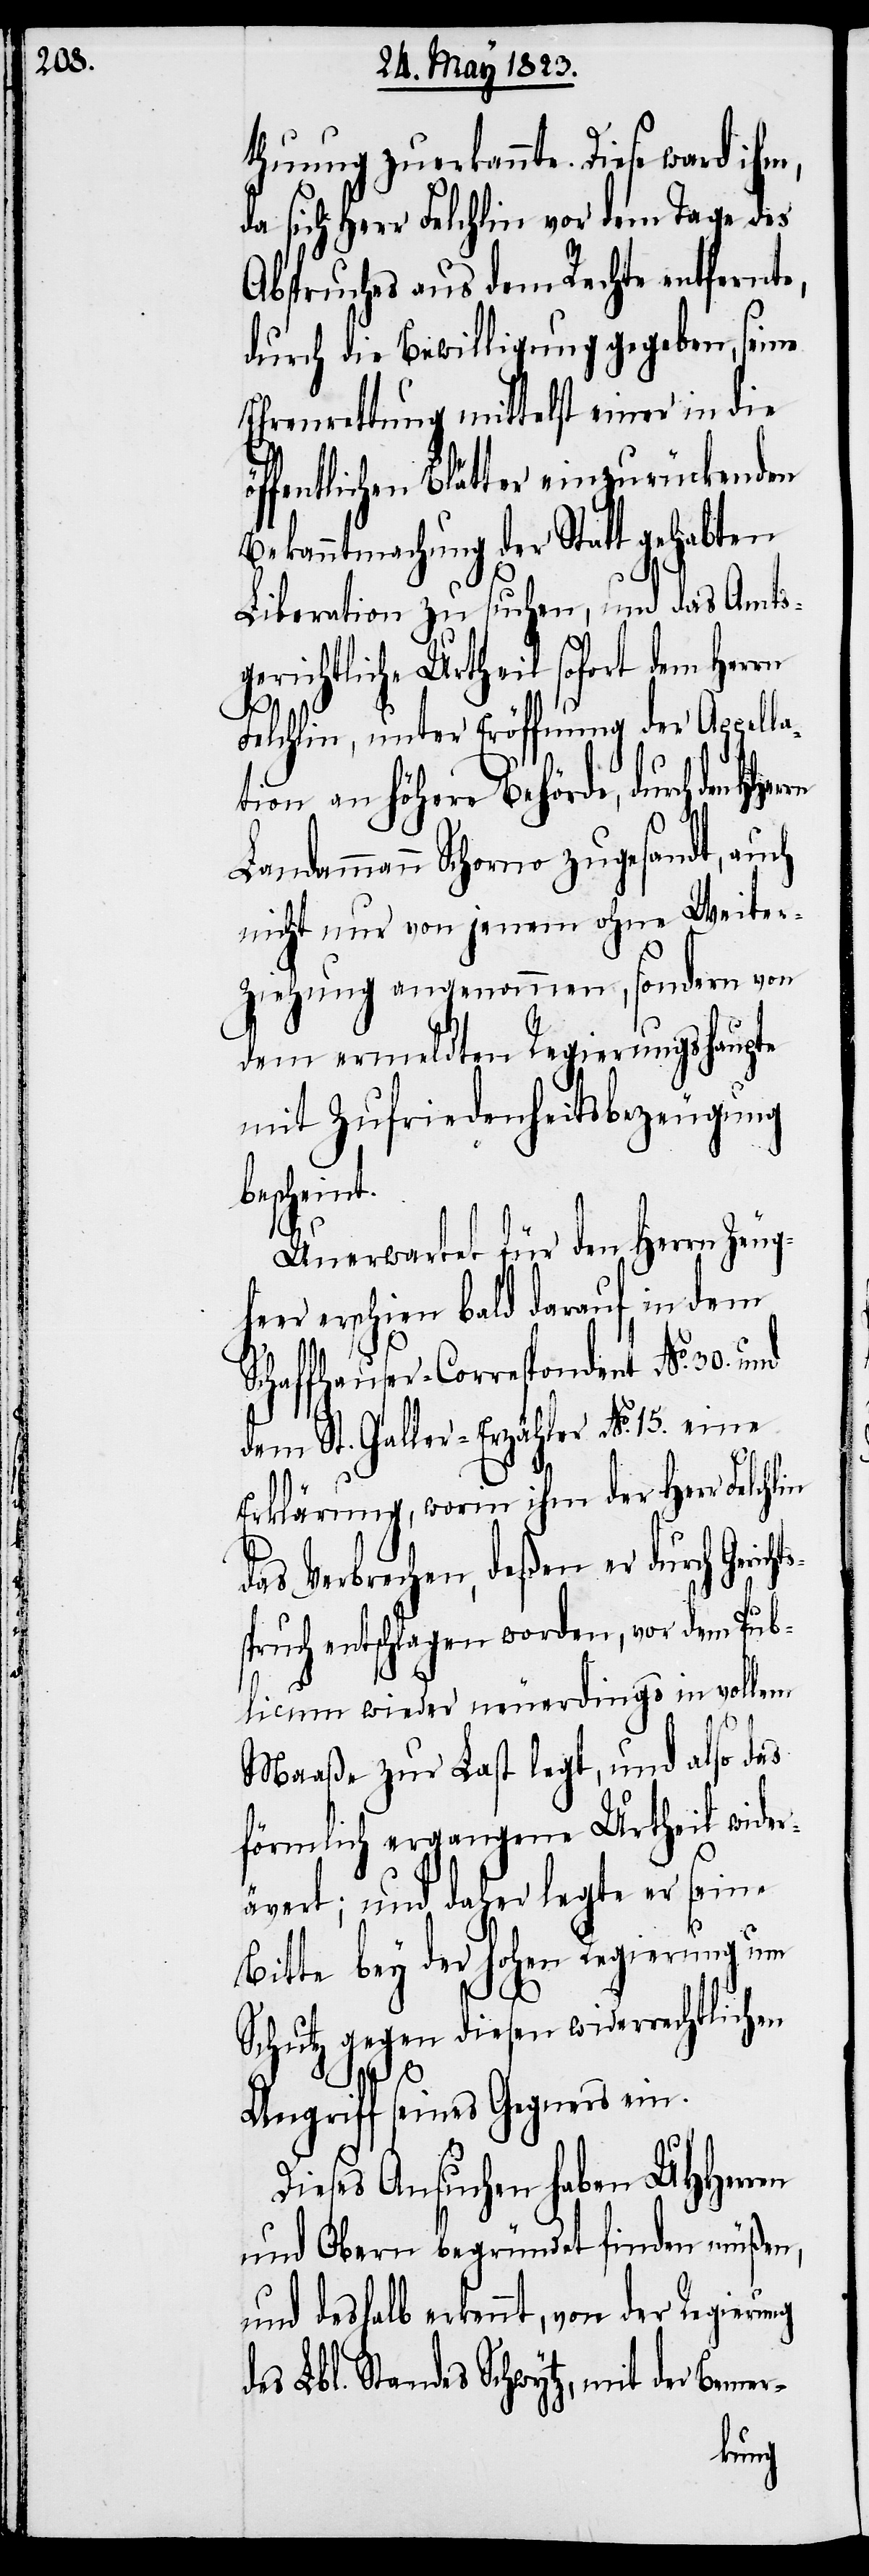
thuung zuerkannte. Diese ward ihm,
sich Herr Felchlin vor dem Tage des
Abspruches aus dem Rechte entfernte,
durch die Bewilligung gegeben, seine
Ehrenrettung mittelst einer in die
öffentlichen Blätter einzurückenden
Bekanntmachung der Statt gehabten
Liberation zu suchen, und das Amts¬
gerichtliche Urtheil sofort dem Herrn
Felchlin, unter Eröffnung der Appella¬
tion an höhere Behörde, durch den
Landammann Schorno zugesandt, auch
nicht nur von jenem ohne Weiter¬
ziehung angenommen, sondern von
dem ermeldten Regierungshaupte
mit Zufriedenheitsbezeugung
bescheint.
n.[“]
Unerwartet für den Herrn Zeugh¬
eer erschien bald darauf in dem
Schaffhauser-Correspondent No. 30.
dem St. Galler-Erzähler No. 15. eine
Erklärung, worin ihm der Herr Felchlin
das Verbrechen, deßen er durch Geric¬
spruch entschlagen worden, vor dem Pub¬
licum wieder neuerdings in vollem
Maaße zur Last legt, und also das
förmlich ergangene Urtheil wider¬
ävert; und daher legte er seine
Bitte bey der hohen Regierung um
Schutz gegen diesen widerrechtlichen
hts¬
Angriff seines Gegners ei¬
Dieses Ansuchen haben UHHerren
und Obern begründet finden müßen,
und deshalb erkennt, von der Regierung
des Lbl. Standes Schwytz, mit der Bemer-